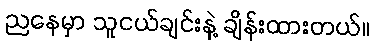
ညနေမှာ သူငယ်ချင်းနဲ့ ချိန်းထားတယ်။